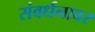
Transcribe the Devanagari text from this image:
संवर्धनावर